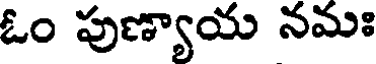
ఓం పుణ్యాయ నమః